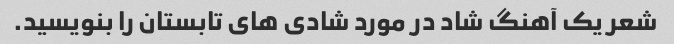
شعر یک آهنگ شاد در مورد شادی های تابستان را بنویسید.